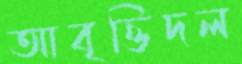
আবৃত্তিদল